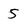
Character: 5